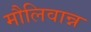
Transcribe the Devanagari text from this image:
मौलिवान्न